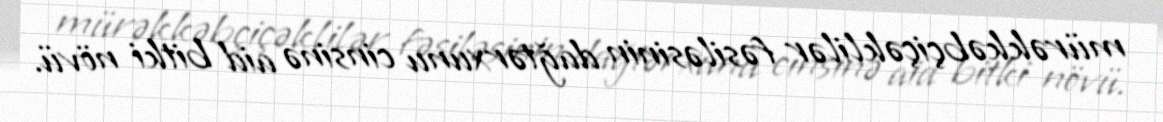
mürəkkəbçiçəklilər fəsiləsinin dağtərxunu cinsinə aid bitki növü.